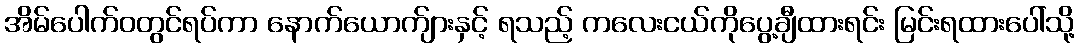
အိမ်ပေါက်ဝတွင်ရပ်ကာ နောက်ယောက်ျားနှင့် ရသည့် ကလေးငယ်ကိုပွေ့ချီထားရင်း မြင်းရထားပေါ်သို့